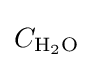
C_{\mathrm {H} {\vphantom {A}}_{\smash[{t}]{2}}\mathrm {O} }